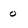
Character: o